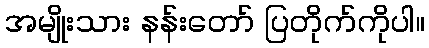
အမျိုးသား နန်းတော် ပြတိုက်ကိုပါ။